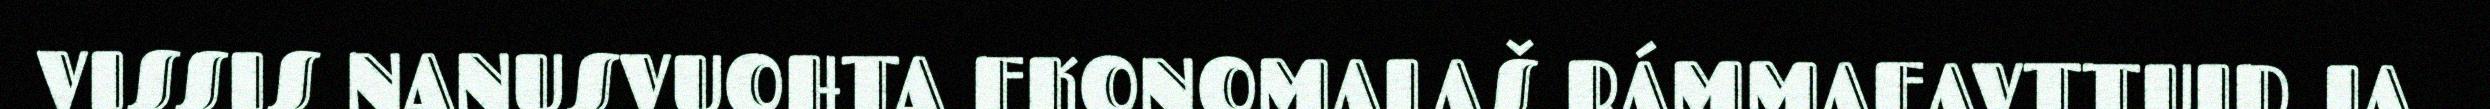
VISSIS NANUSVUOHTA EKONOMALAŠ RÁMMAEAVTTUID JA